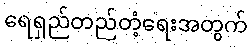
ရေရှည်တည်တံ့ရေးအတွက်